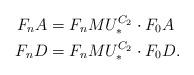
LaTeX: \begin{align*}F_nA & = F_nMU^{C_2}_* \cdot F_0A\\F_nD & = F_nMU^{C_2}_* \cdot F_0D.\end{align*}